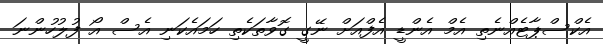
އެކްސްޕާޓެއްނެތި އެމް އެންޑީ އެފްއަށް ނޭގީ ގޮވާތަކެތި ހަމައެކަނި އެސް އޯ ފުލުހުންނަ